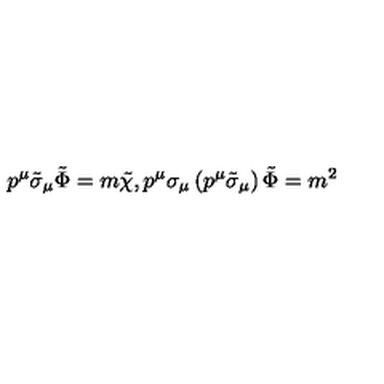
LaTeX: p ^ { \mu } \tilde { \sigma } _ { \mu } \tilde { \Phi } = m \tilde { \chi } , p ^ { \mu } \sigma _ { \mu } \left( p ^ { \mu } \tilde { \sigma } _ { \mu } \right) \tilde { \Phi } = m ^ { 2 }